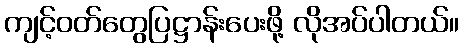
ကျင့်ဝတ်တွေပြဋ္ဌာန်းပေးဖို့ လိုအပ်ပါတယ်။